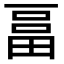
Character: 𤲇